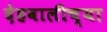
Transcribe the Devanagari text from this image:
देहवालीच्या